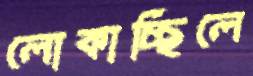
লোকাচ্ছিলে